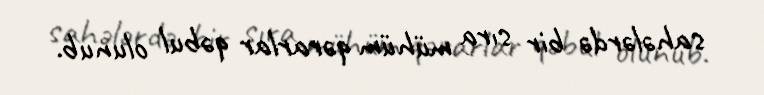
sahələrdə bir sıra mühüm qərarlar qəbul olunub.